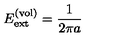
E _ { \mathrm { e x t } } ^ { ( \mathrm { v o l } ) } = \frac { 1 } { 2 \pi a }